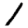
Digit: 1